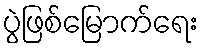
ပွဲဖြစ်မြောက်ရေး